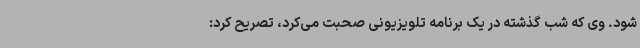
شود. وی که شب گذشته در یک برنامه تلویزیونی صحبت می‌کرد، تصریح کرد: